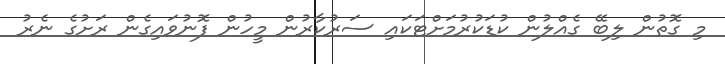
މި ގޮތުން ލިބޭ ގެއްލުން ކުޑަކުރުމަށްޓަކައި ސަރުކާރުން މީހުން ފޮނުވައިގެން ރަށުގެ ނެރު